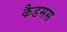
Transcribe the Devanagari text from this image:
कैडमस